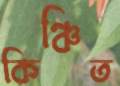
কিঞ্চিত